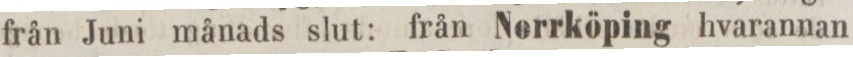
från Juni månads slut: från Norrköping hvarannan